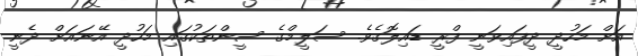
އަށް މަހުދީ ދީފައިވަނީ ފްރީ ޑައިލޮގެވެ. ސަލީމްގެ ސީންތަކުގައި މަހުދީ އޭނައަށް ދެނީ